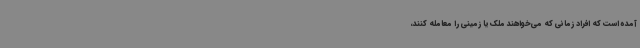
آمده است که افراد زمانی که می‌خواهند ملک یا زمینی را معامله کنند،